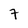
Character: 7